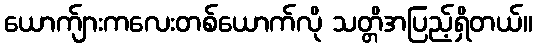
ယောက်ျားကလေးတစ်ယောက်လို သတ္တိအပြည့်ရှိတယ်။